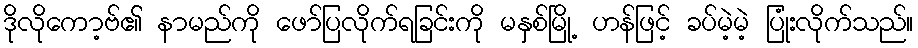
ဒိုလိုကော့ဗ်၏ နာမည်ကို ဖော်ပြလိုက်ရခြင်းကို မနှစ်မြို့ ဟန်ဖြင့် ခပ်မဲ့မဲ့ ပြုံးလိုက်သည်။